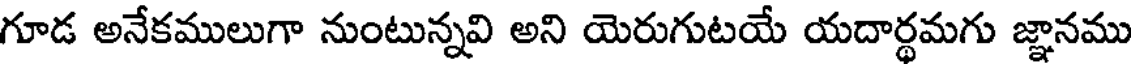
గూడ అనేకములుగా నుంటున్నవి అని యెరుగుటయే యదార్థమగు జ్ఞానము